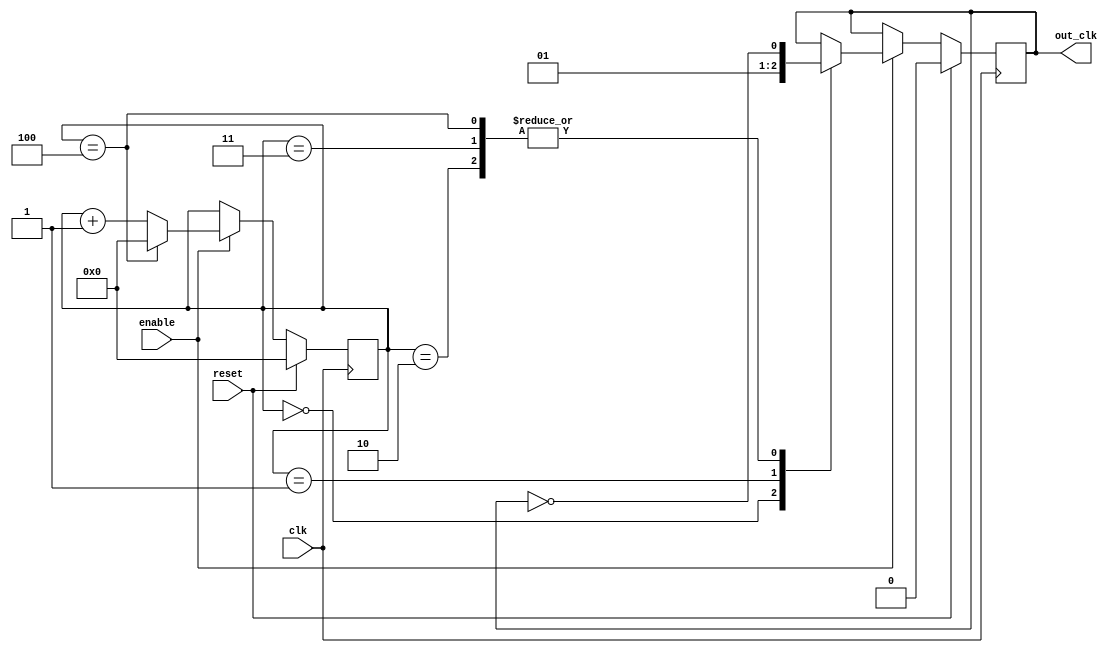
module johnson_counter_clock_divider(
    input clk,
    input reset,
    input enable,
    output reg out_clk
);

reg [3:0] count;

always @(posedge clk) begin
    if (reset) begin
        count <= 4'b0000;
        out_clk <= 1'b0;
    end else if (enable) begin
        case(count)
            4'b0000: out_clk <= 1'b0;
            4'b0001: out_clk <= 1'b1;
            4'b0010: out_clk <= ~out_clk;
            4'b0011: out_clk <= ~out_clk;
            4'b0100: out_clk <= ~out_clk;
            default: out_clk <= out_clk;
        endcase
        
        if (count == 4'b0100) begin
            count <= 4'b0000;
        end else begin
            count <= count + 1;
        end
    end
end

endmodule